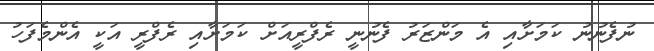
ނުފެނުނު ކަމަށާއި އެ މަންޒަރު ފެނުނީ ރެފްރީއަށް ކަމަށާއި ރެފްރީ އަކީ އެންމެފަހު